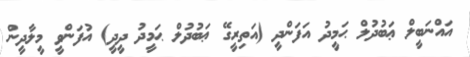
އައްނަބީލް ޢަބުދުލް ޙަމީދު އަފަންދީ (އަތިރީގޭ ޢަބުދުލް ޙަމީދު ދީދީ) އުފަންވީ މީލާދީން